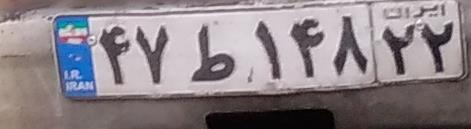
۴۷ط۱۴۸۲۲